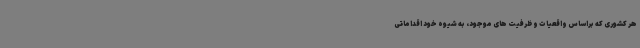
هر کشوری که براساس واقعیات و ظرفیت های موجود، به شیوه خود اقداماتی